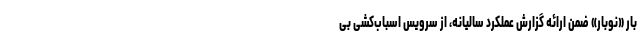
بار «نوبار» ضمن ارائه گزارش عملکرد سالیانه، از سرویس اسباب‌کشی بی